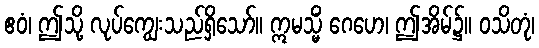
ဧဝံ၊ ဤသို့ လုပ်ကျွေးသည်ရှိသော်။ ဣမသ္မိံ ဂေဟေ၊ ဤအိမ်၌။ ဝသိတုံ၊